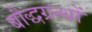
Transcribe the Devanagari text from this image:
बौद्धग्रन्थों